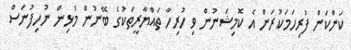
ކަންކަން ފުރިހަމަކުރަން އެ ކޮމިޝަނުން ވި ހުރިހާ ތައްޔާރީތަކުގެ ބޭނުން މުޅިން ނުހިފުނަސް